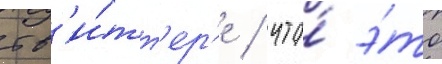
тв'и́тт'ер'е / что́ э́то